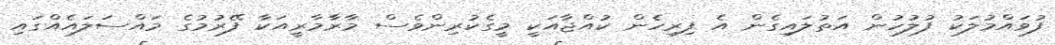
ފުވައްމުލަކު ފުލުހުން އަތުލައިގެން އެ ފިރިހެން ކުއްޖާއަކީ މީގެކުރިންވެސް މާރާމާރީއަކާ ފޭރުމުގެ މައްސަލައެއްގައި